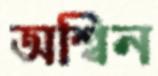
অশ্বিন